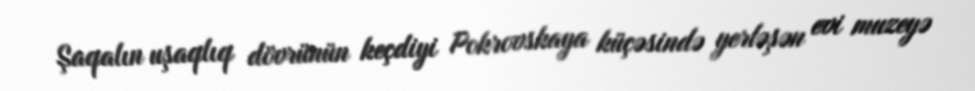
Şaqalın uşaqlıq dövrünün keçdiyi Pokrovskaya küçəsində yerləşən evi muzeyə